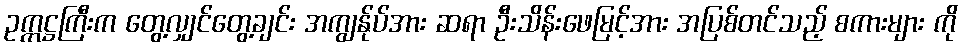
ဥက္ကဋ္ဌကြီးက တွေ့လျှင်တွေ့ချင်း အကျွန်ုပ်အား ဆရာ ဦးသိန်းဖေမြင့်အား အပြစ်တင်သည့် စကားများ ကို